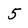
Character: 5